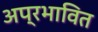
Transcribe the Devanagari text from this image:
अप्रभावित